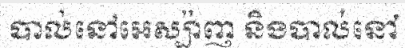
បាល់នៅអេស្ប៉ាញ និងបាល់នៅ